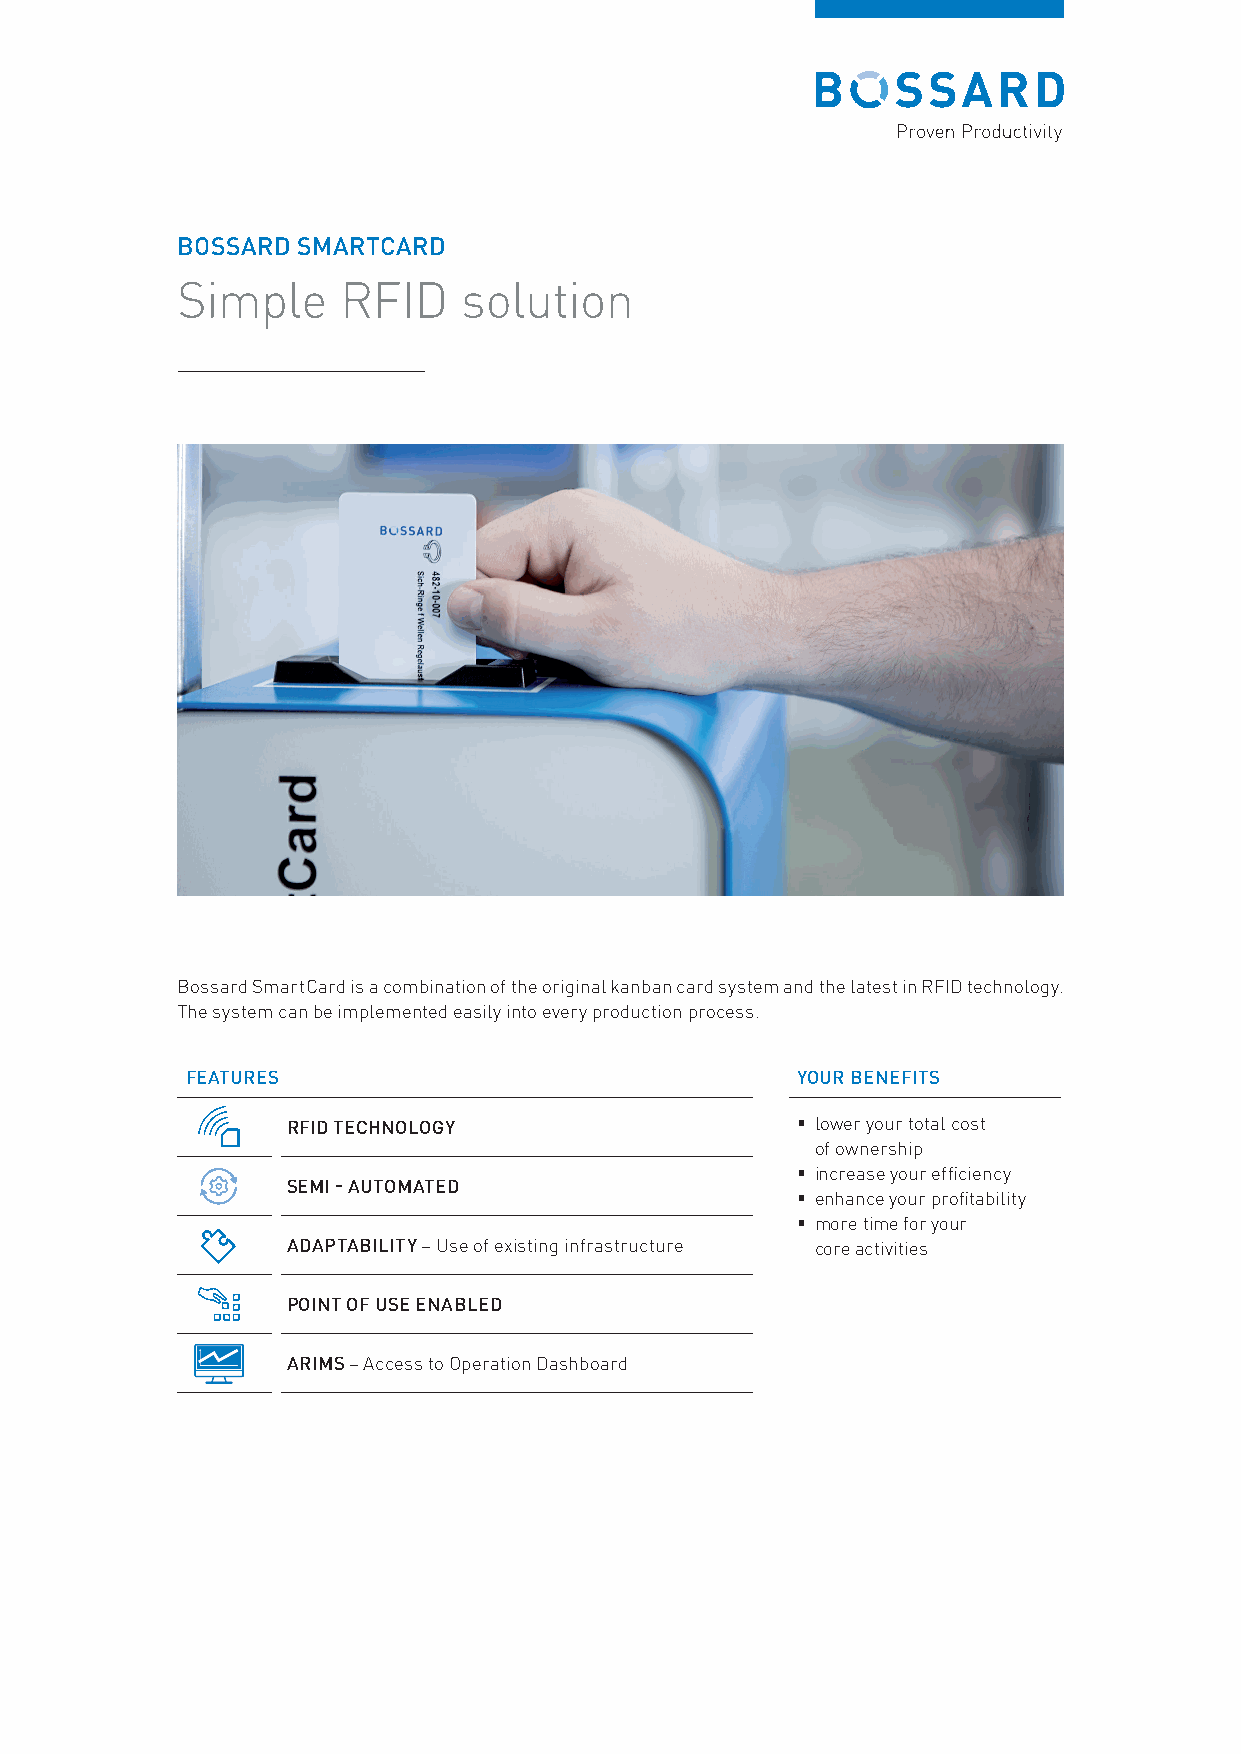
BOSSARD SMARTCARD
 Simple     RFID    solution
 Bossard SmartCard is a combination of the original kanban card system and the latest in RFID technology.
 The system can be implemented easily into every production process.
 FEATURES                                 YOUR BENEFITS
 RFID TECHNOLOGY                    lower your total cost
 of ownership
 RFID Technology                          increase your effi ciency
 SEMI - AUTOMATED
  enhance your profi tability
  more time for your
 ADAPTABILITY – Use of existing infrastructure core activities
 Adaptable (System
 can be placed on boxes,
 paletts or others) POINT OF USE ENABLED
 Use on workcell
 ARIMS – Access to Operation Dashboard